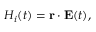
\begin{array} { r } { H _ { i } ( t ) = \mathbf { r } \cdot \mathbf { E } ( t ) , } \end{array}